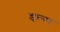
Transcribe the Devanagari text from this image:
इल्स